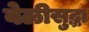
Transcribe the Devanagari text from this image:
वेळीसुद्धा